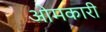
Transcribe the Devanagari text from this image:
ओमकारी